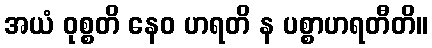
အယံ ဝုစ္စတိ နေဝ ဟရတိ န ပစ္စာဟရတီတိ။